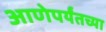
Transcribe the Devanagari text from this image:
आणेपर्यंतच्या